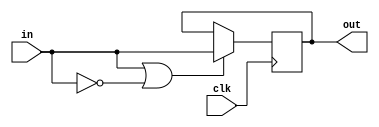

//////////////////////////////////////////////////////////////////////////////////
//	   
// Creator Name:   Sara Baradaran
// Module Name:    PC_Register 
// Project Name:   MIPS Microprocessor 
//
//////////////////////////////////////////////////////////////////////////////////
module PC_Register(in, out, clk);

input  clk;
input  [31:0] in;
output [31:0] out;

reg [31:0] out = 0;

always @(posedge clk)
begin

	if(in || in == 0)
		out <= in;
end

endmodule